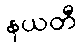
နယတီ